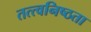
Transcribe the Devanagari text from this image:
तत्त्वनिष्ठता